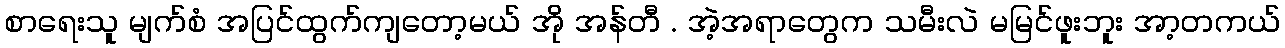
စာရေးသူ မျက်စံ အပြင်ထွက်ကျတော့မယ် အို အန်တီ . အဲ့အရာတွေက သမီးလဲ မမြင်ဖူးဘူး အာ့တကယ်